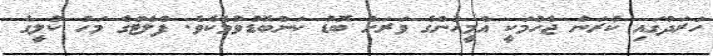
ހަރަދުގައި ކުރަން ޖެހުމަކީ އެމީހުންގެ ވަރަށް ބޮޑު ކަންބޮޑުވުމެކެވެ. ފްލެޓްގެ މަހު ކުލީގެ